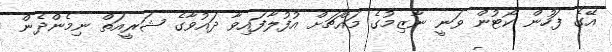
އޭގެ ފަހުން ކޯޓުން ވަނީ ނާޒިމުގެ މައްޗަށް އުފުލާފައިވާ ދައުވާގެ ޝަރީއަތް ނިމެންދެން